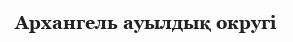
Архангель ауылдық округі